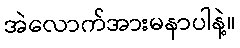
အဲလောက်အားမနာပါနဲ့။